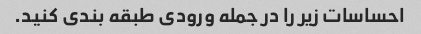
احساسات زیر را در جمله ورودی طبقه بندی کنید.